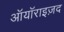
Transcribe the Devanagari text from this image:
ऑयॉराइज़द